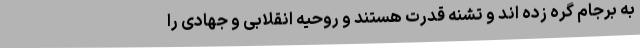
به برجام گره زده اند و تشنه قدرت هستند و روحیه انقلابی و جهادی را